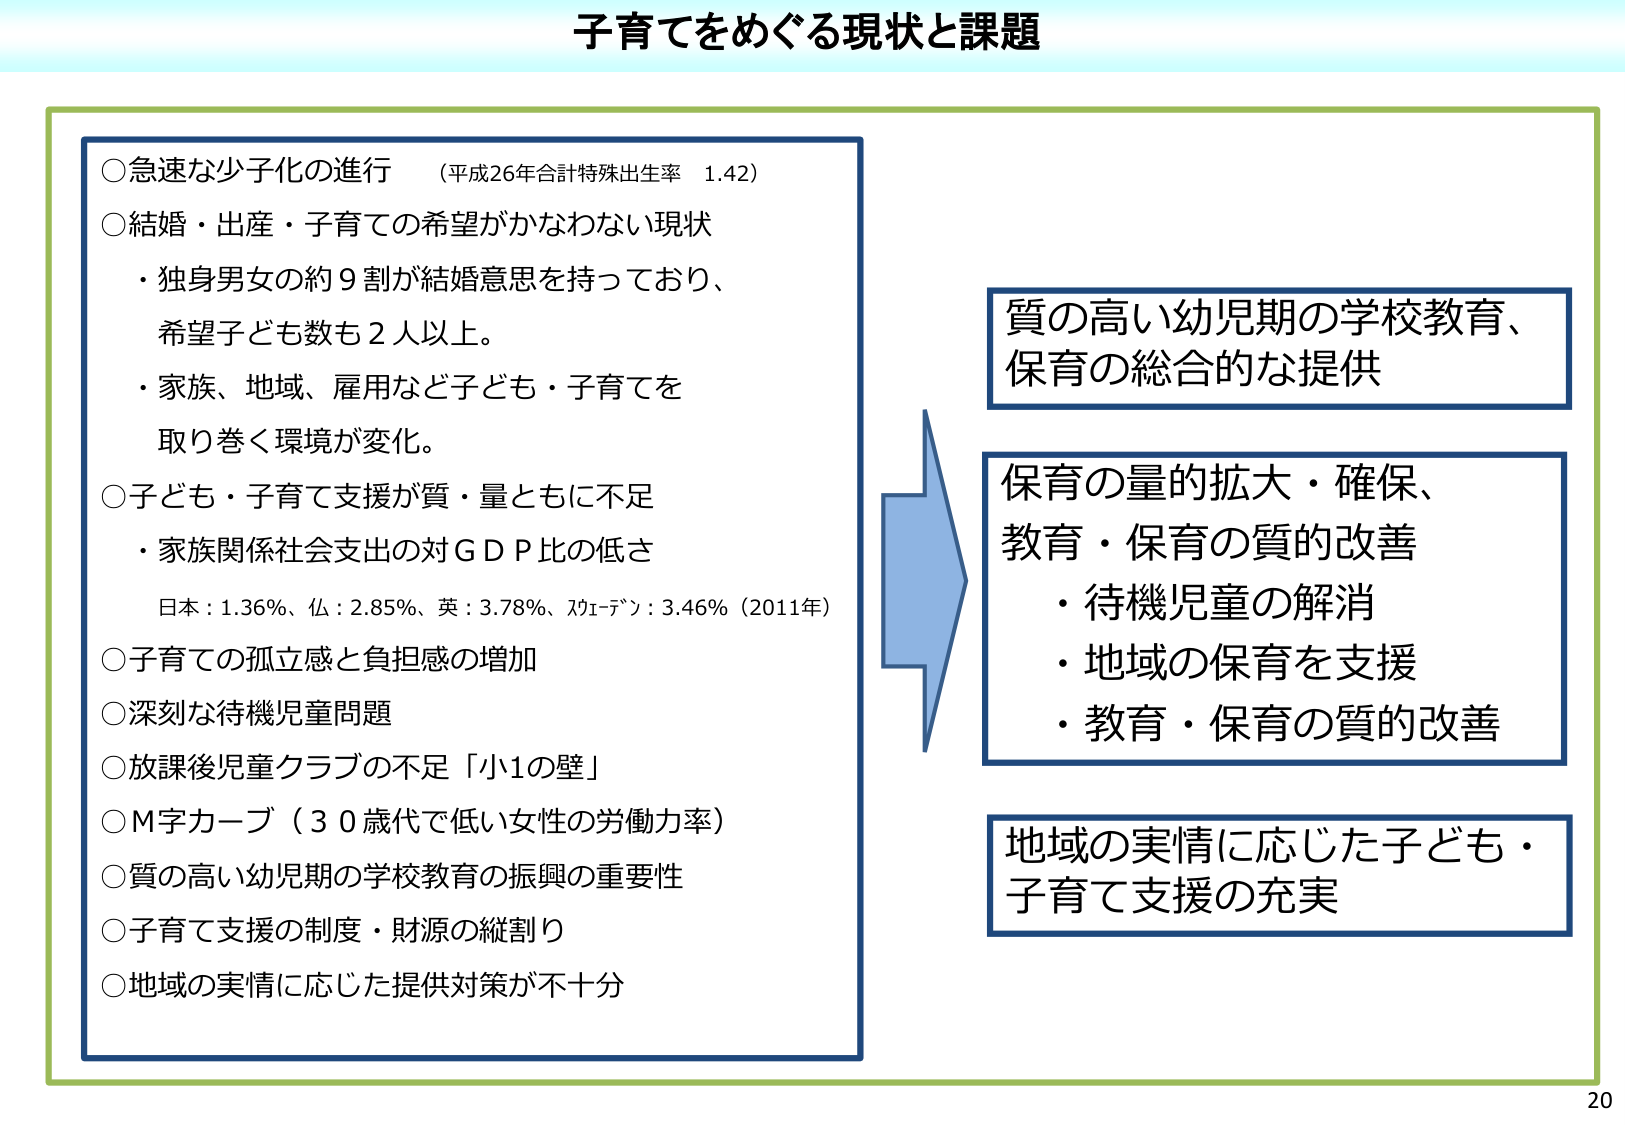
子育てをめぐる現状と課題

○急速な少子化の進行 （平成26年合計特殊出生率 1.42）
○結婚・出産・子育ての希望がかなわない現状
・独身男女の約９割が結婚意思を持っており、
希望子ども数も２人以上。
・家族、地域、雇用など子ども・子育てを
取り巻く環境が変化。
○子ども・子育て支援が質・量ともに不足
・家族関係社会支出の対ＧＤＰ比の低さ
日本：1.36％、仏：2.85％、英：3.78％、カナダ：3.46％（2011年）
○子育ての孤立感と負担感の増加
○深刻な待機児童問題
○放課後児童クラブの不足「小1の壁」
○Ｍ字カーブ（３０歳代で低い女性の労働力率）
○質の高い幼児期の学校教育の振興の重要性
○子育て支援の制度・財源の縦割り
○地域の実情に応じた提供対策が不十分

質の高い幼児期の学校教育、
保育の総合的な提供

保育の量的拡大・確保、
教育・保育の質的改善
・待機児童の解消
・地域の保育を支援
・教育・保育の質的改善

地域の実情に応じた子ども・
子育て支援の充実

20